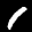
Label: 1